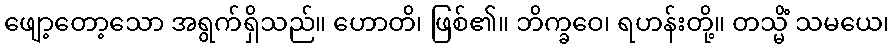
ဖျော့တော့သော အရွက်ရှိသည်။ ဟောတိ၊ ဖြစ်၏။ ဘိက္ခဝေ၊ ရဟန်းတို့။ တသ္မိံ သမယေ၊